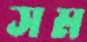
সম